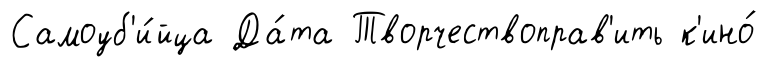
Самоуб'и́йца Да́та Творчествоправ'ить к'ино́